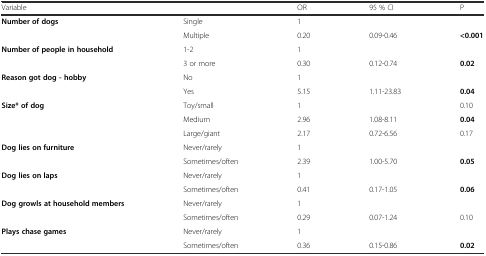
<table><thead><tr><td><b>Variable</b></td><td></td><td><b>OR</b></td><td><b>95 % CI</b></td><td><b>P</b></td></tr></thead><tbody><tr><td><b>Number of dogs</b></td><td>Single</td><td>1</td><td></td><td></td></tr><tr><td></td><td>Multiple</td><td>0.20</td><td>0.09-0.46</td><td><b>&lt;0.001</b></td></tr><tr><td><b>Number of people in household</b></td><td>1-2</td><td>1</td><td></td><td></td></tr><tr><td></td><td>3 or more</td><td>0.30</td><td>0.12-0.74</td><td><b>0.02</b></td></tr><tr><td><b>Reason got dog - hobby</b></td><td>No</td><td>1</td><td></td><td></td></tr><tr><td></td><td>Yes</td><td>5.15</td><td>1.11-23.83</td><td><b>0.04</b></td></tr><tr><td><b>Size* of dog</b></td><td>Toy/small</td><td>1</td><td></td><td>0.10</td></tr><tr><td></td><td>Medium</td><td>2.96</td><td>1.08-8.11</td><td><b>0.04</b></td></tr><tr><td></td><td>Large/giant</td><td>2.17</td><td>0.72-6.56</td><td>0.17</td></tr><tr><td><b>Dog lies on furniture</b></td><td>Never/rarely</td><td>1</td><td></td><td></td></tr><tr><td></td><td>Sometimes/often</td><td>2.39</td><td>1.00-5.70</td><td><b>0.05</b></td></tr><tr><td><b>Dog lies on laps</b></td><td>Never/rarely</td><td>1</td><td></td><td></td></tr><tr><td></td><td>Sometimes/often</td><td>0.41</td><td>0.17-1.05</td><td><b>0.06</b></td></tr><tr><td><b>Dog growls at household members</b></td><td>Never/rarely</td><td>1</td><td></td><td></td></tr><tr><td></td><td>Sometimes/often</td><td>0.29</td><td>0.07-1.24</td><td>0.10</td></tr><tr><td><b>Plays chase games</b></td><td>Never/rarely</td><td>1</td><td></td><td></td></tr><tr><td></td><td>Sometimes/often</td><td>0.36</td><td>0.15-0.86</td><td><b>0.02</b></td></tr></tbody></table>